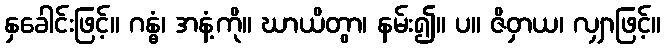
နှခေါင်းဖြင့်။ ဂန္ဓံ၊ အနံ့ကို။ ဃာယိတွာ၊ နမ်း၍။ ပ။ ဇိဝှာယ၊ လျှာဖြင့်။